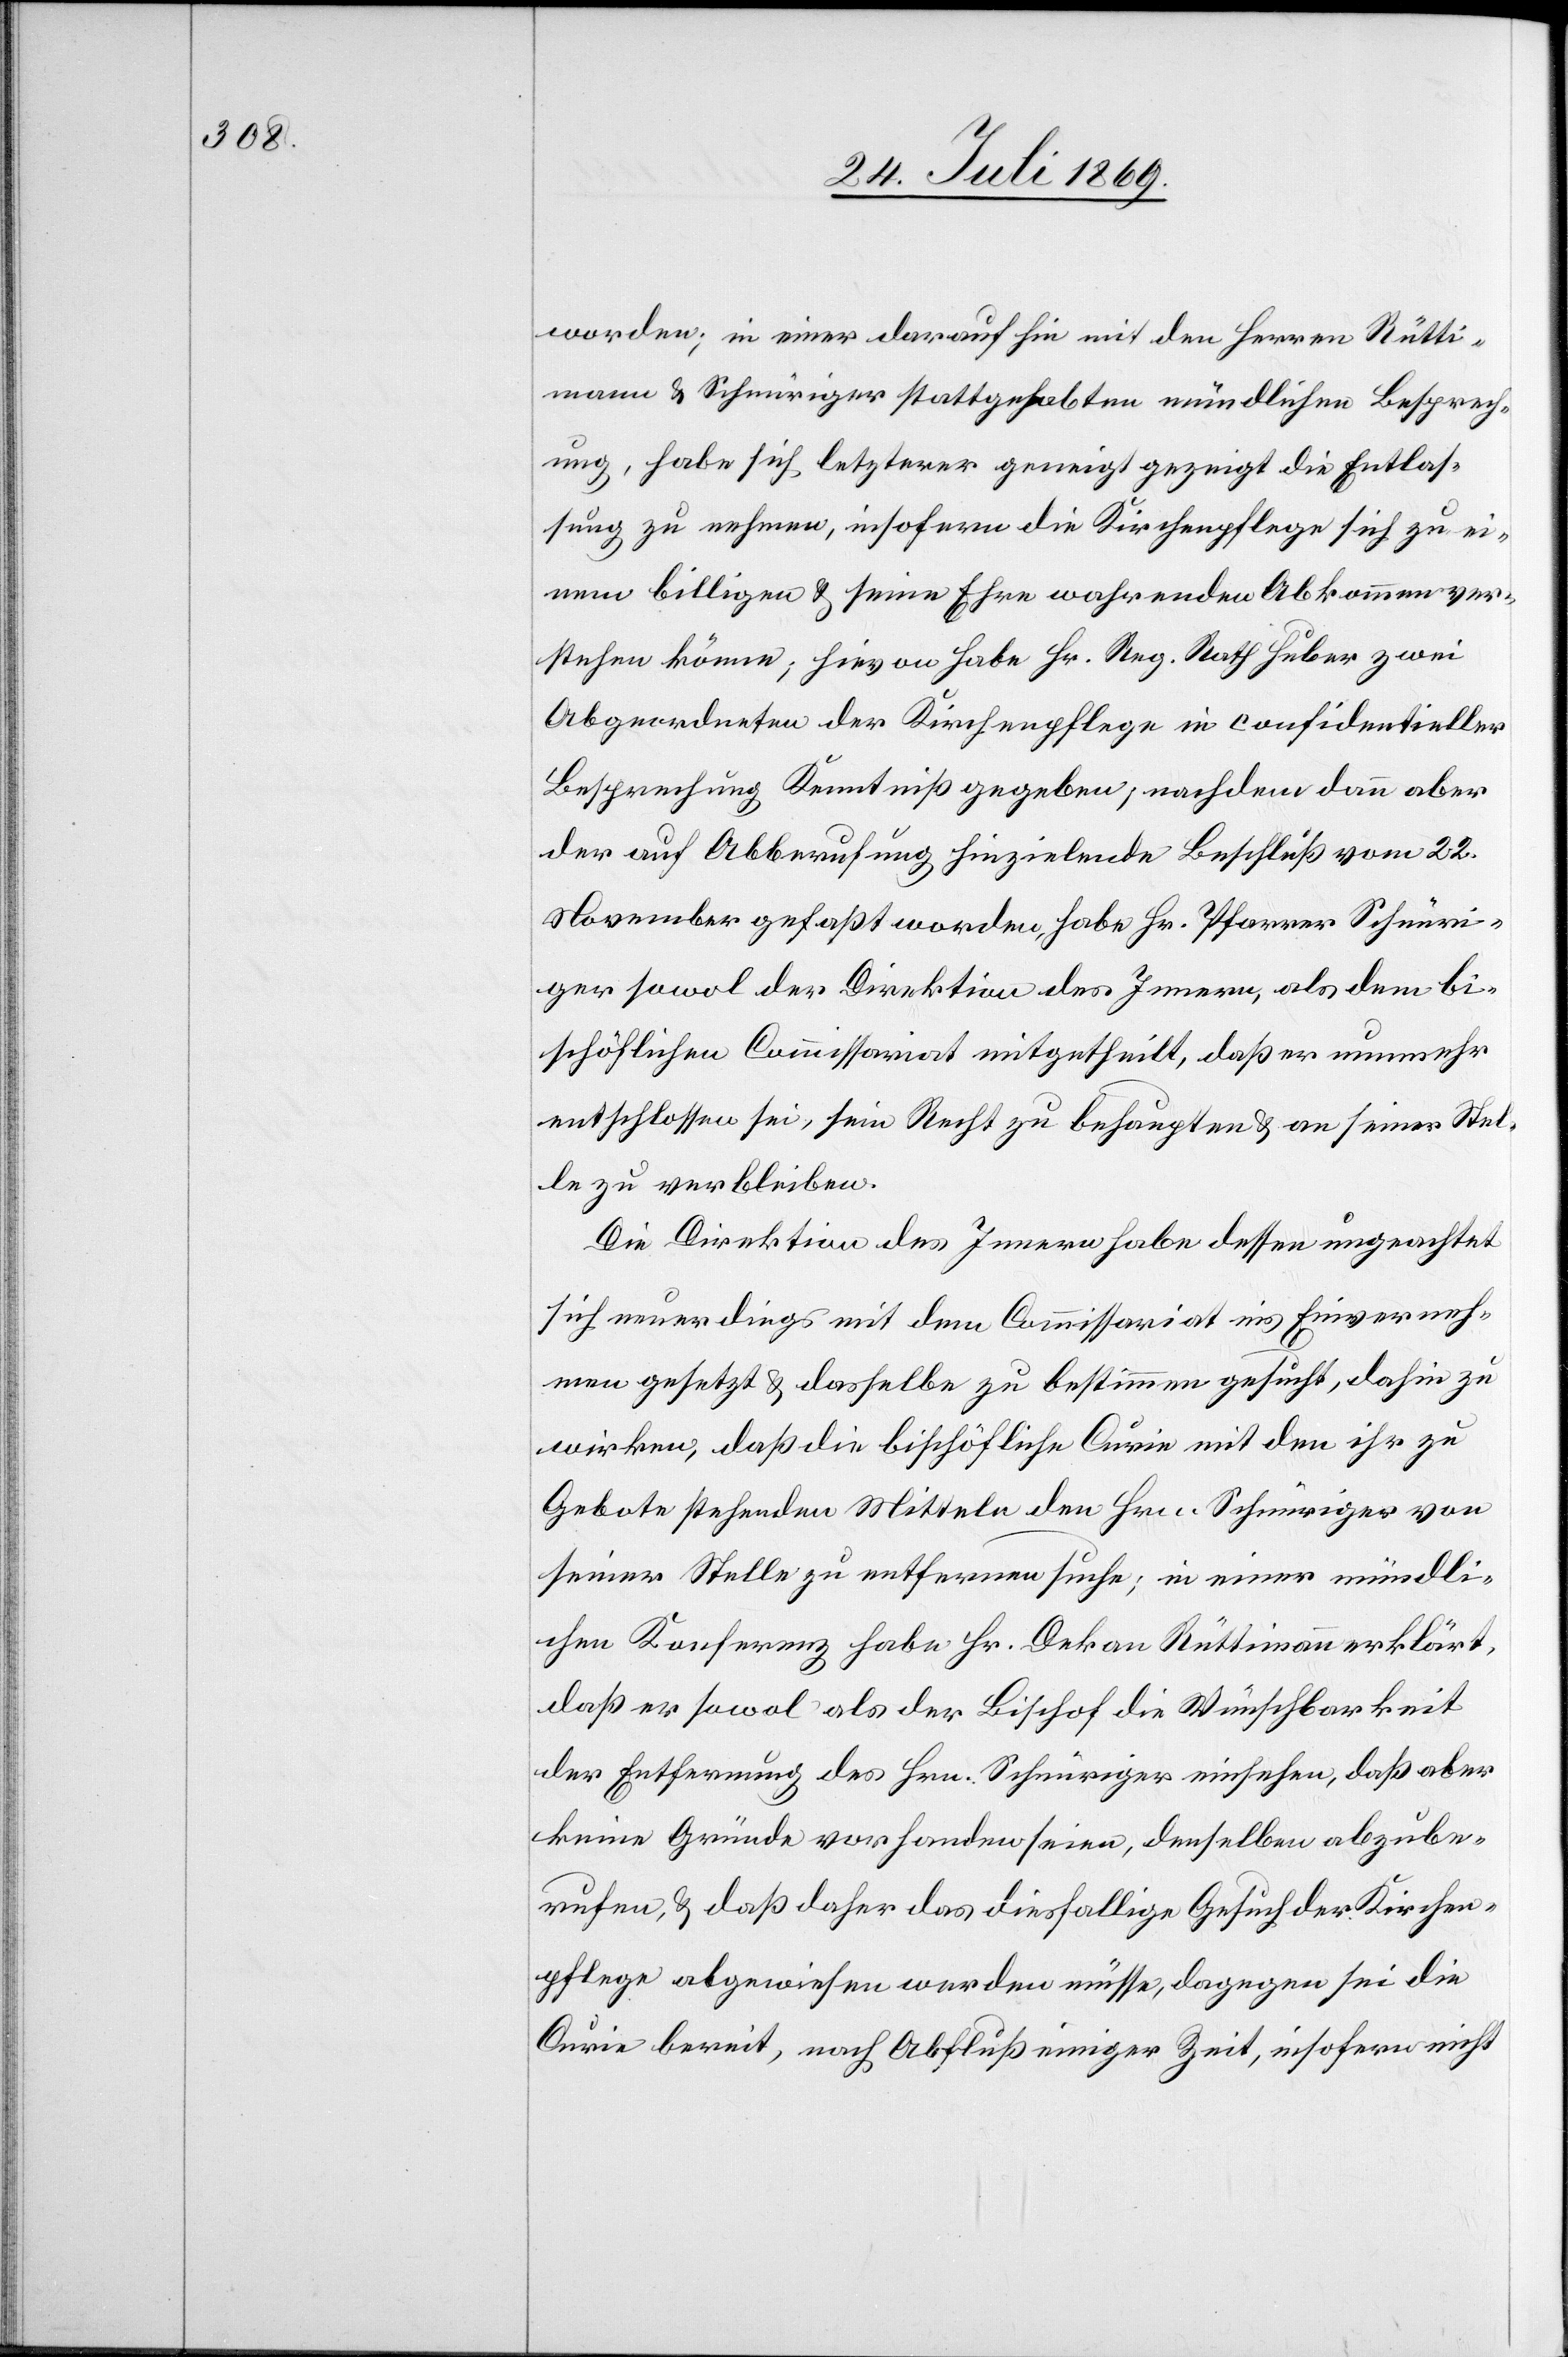
worden; in einer daraufhin mit den Herrn Rütti¬
mann u. Schnüriger stattgehabten mündlichen Besprech¬
ung, habe sich letzterer geneigt gezeigt die Entlas¬
sung zu nehmen, insofern die Kirchenpflege sich zu ei¬
nem billigen u. seine Ehren wahrenden Abkommen ver¬
stehen könne; hievon habe Hr. Reg. Rath Huber zwei
Abgeordneten der Kirchenpflege in confidentieller
Besprechung Kenntniß gegeben, nachdem dann aber
der auf Abberufung hinziehende Beschluß vom 22.
November gefaßt worden, habe Hr. Pfarrer Schnüri¬
ger sowol der Direktion des Innern, als dem bi¬
schöflichen Commissariat mitgetheilt, daß er nunmehr
entschlossen sei, sein Recht zu behaupten u. an seiner Stel¬
le zu verbleiben.
Die Direktion des Innern habe dessen ungeachtet
sich neuerdings mit dem Commissariat ins Einverneh¬
men gesetzt u. dasselbe zu bestimmen gesucht, dahin zu
wirken, daß die bischöfliche Curie mit den ihr zu
Gebote stehenden Mitteln den Hrn. Schnüriger von
seiner Stelle zu entfernen suche, in einer mündli¬
chen Konferenz habe Hr. Dekan Rüttimann erklärt,
daß er sowol als der Bischof die Wünschbarkeit
der Entfernung des Hrn. Schnüriger einsehen, daß aber
keine Gründe vorhanden seien, denselben abzube¬
rufen, u. daß daher das diesfällige Gesuch der Kirchen¬
pflege abgewiesen werden müsse, dagegen sei die
Curie bereit, nach Abfluß einiger Zeit, insofern nicht